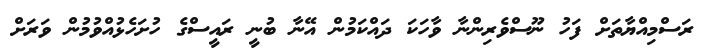
ރަސްމިއްޔާތަށް ފަހު ނޫސްވެރިންނާ ވާހަކަ ދައްކަމުން އޭނާ ބުނީ ރައީސްގެ ހުށަހެޅުއްވުމުން ވަރަށް